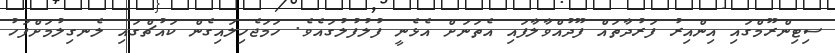
ސިޓިންރޫމްގައި އިންއިރު ފަރުދާތައް ފޫދުއްވާލާފައި އެތަނަށް އެޅެނީ ފުލުފުލުގައެވެ. ހަމަޖެހިލައިގެން ކައުޗްގައި ލެނގިލުމަށްފަހު